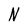
Character: N